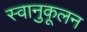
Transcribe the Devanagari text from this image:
स्वानुकूलन